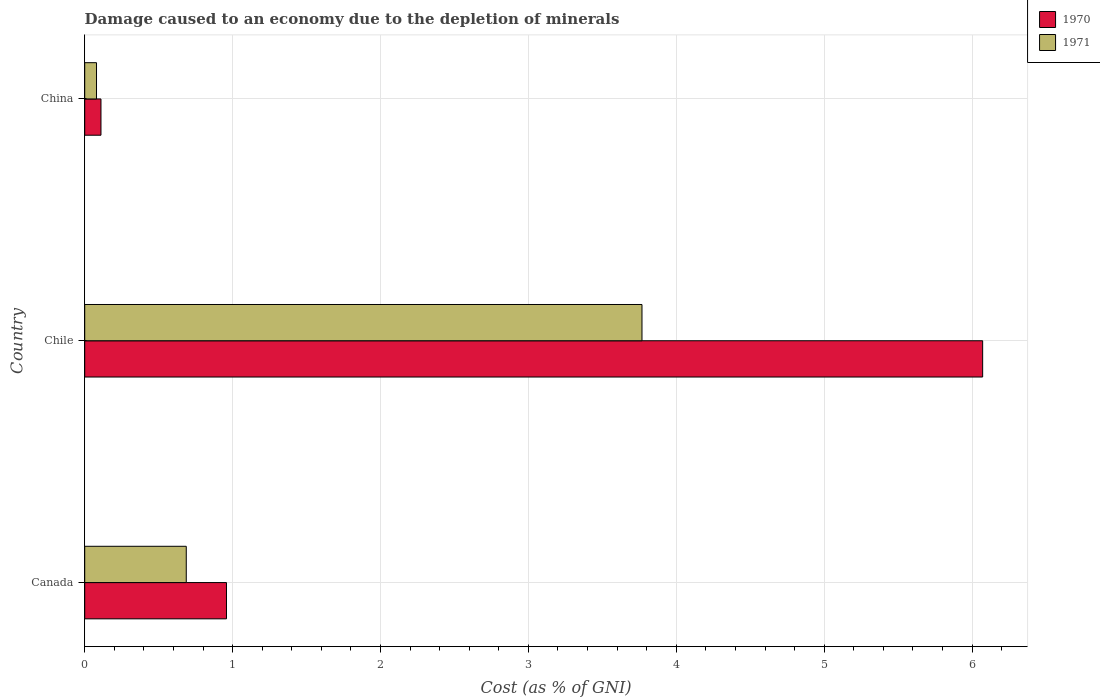
| Country | 1970 | 1971 |
 | --- | --- | --- |
 | Canada | 0.959 | 0.687 |
 | Chile | 6.07 | 3.77 |
 | China | 0.11 | 0.0798 |